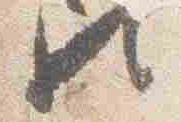
歟